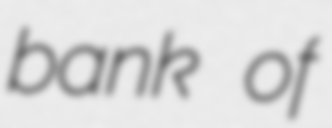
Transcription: bank of